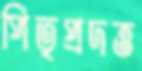
পিতৃপ্রদত্ত